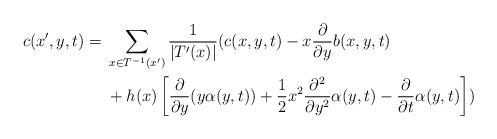
LaTeX: \begin{align*}\begin{aligned}c(x',y,t) ={} & \sum_{x\in T^{-1}(x')}\frac{1}{\vert T'(x)\vert}(c(x,y,t)-x\frac{\partial}{\partial y}b(x,y,t) \\& +h(x)\left[\frac{\partial}{\partial y}(y\alpha(y,t))+\frac{1}{2}x^{2}\frac{\partial^{2}}{\partial y^{2}}\alpha(y,t)-\frac{\partial}{\partial t}\alpha(y,t)\right])\end{aligned}\end{align*}